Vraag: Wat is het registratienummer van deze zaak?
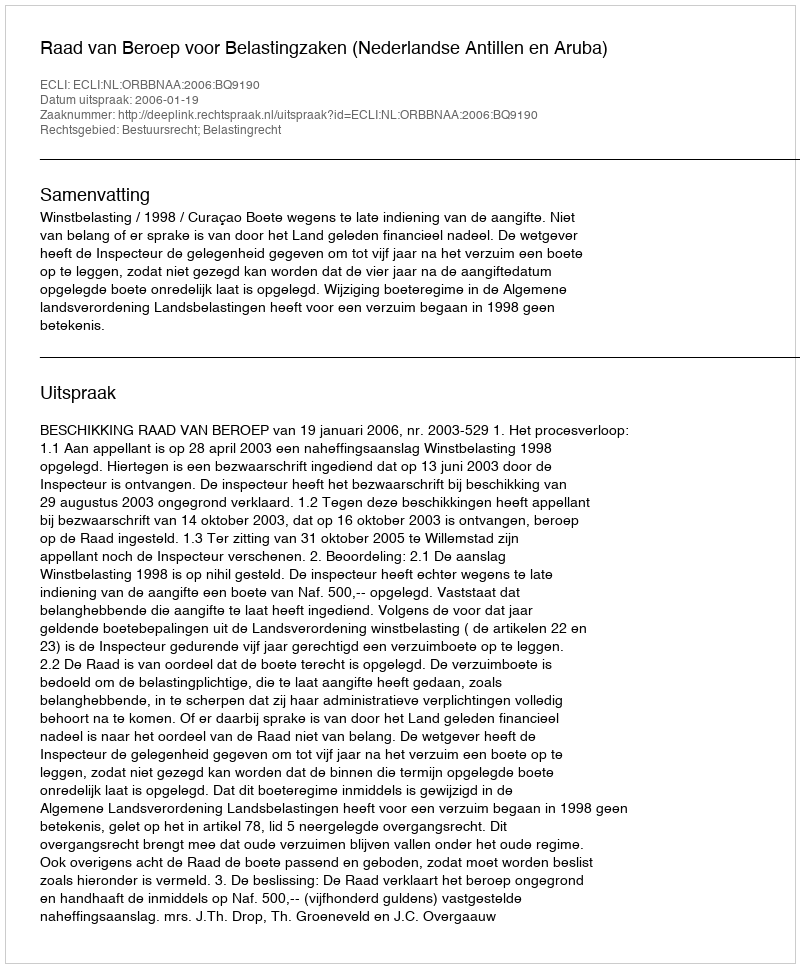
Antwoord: http://deeplink.rechtspraak.nl/uitspraak?id=ECLI:NL:ORBBNAA:2006:BQ9190